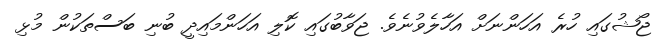
ޖޯޝުގައި ހުރެ އަހަންނަށް އަހާލެވުނެވެ. ޖަވާބުގައި ކޮލި އަހަންމައިދީ ބުނި ބަސްތަކުން މުޅި